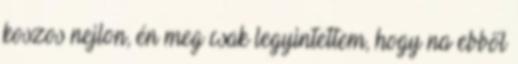
koszos nejlon, én meg csak legyintettem, hogy na ebből